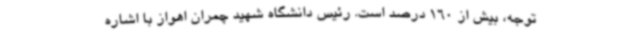
توجه، بیش از 160 درصد است. رئیس دانشگاه شهید چمران اهواز با اشاره